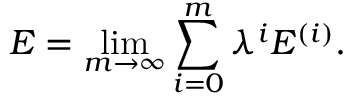
E = \operatorname* { l i m } _ { m \to \infty } \sum _ { i = 0 } ^ { m } \lambda ^ { i } E ^ { ( i ) } .